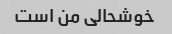
خوشحالی من است